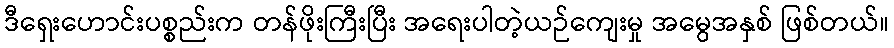
ဒီရှေးဟောင်းပစ္စည်းက တန်ဖိုးကြီးပြီး အရေးပါတဲ့ယဉ်ကျေးမှု အမွေအနှစ် ဖြစ်တယ်။